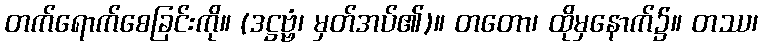
တက်ရောက်စေခြင်းကို။ (ဒဋ္ဌဗ္ဗံ၊ မှတ်အပ်၏)။ တတော၊ ထိုမှနောက်၌။ တဿ၊